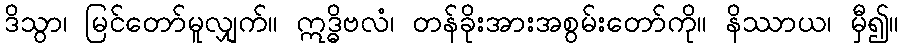
ဒိသွာ၊ မြင်တော်မူလျှက်။ ဣဒ္ဓိဗလံ၊ တန်ခိုးအားအစွမ်းတော်ကို။ နိဿာယ၊ မှီ၍။